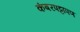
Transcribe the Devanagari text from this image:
कंबरपट्टापण